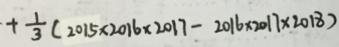
+ \frac { 1 } { 3 } ( 2 0 1 5 \times 2 0 1 6 \times 2 0 1 7 - 2 0 1 6 \times 2 0 1 7 \times 2 0 1 8 )